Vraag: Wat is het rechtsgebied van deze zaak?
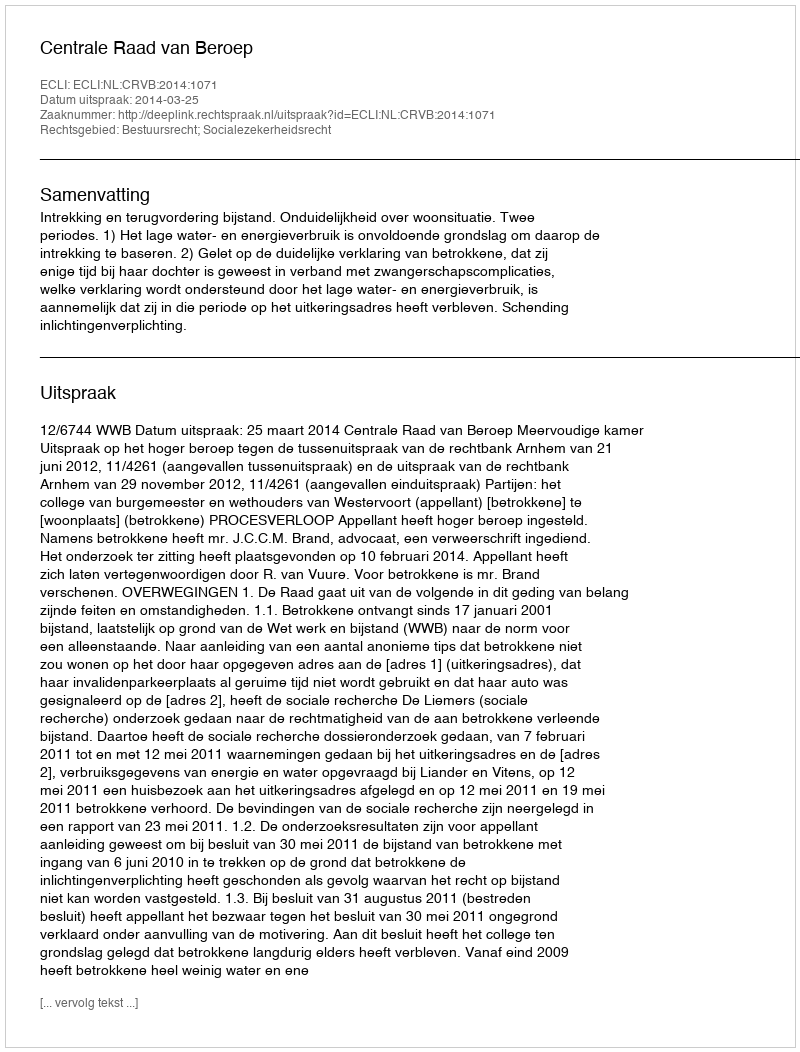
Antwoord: Bestuursrecht; Socialezekerheidsrecht